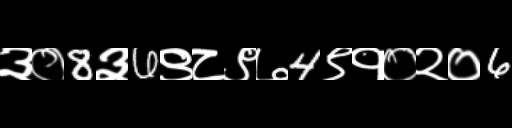
Text: ३०8३6९८९७4९१०२०6